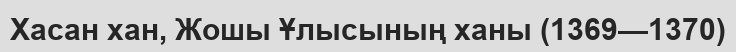
Хасан хан, Жошы Ұлысының ханы (1369—1370)